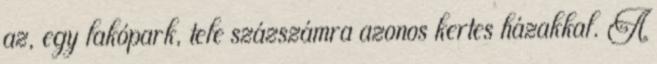
az, egy lakópark, tele százszámra azonos kertes házakkal. A